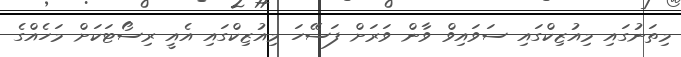
މިތަނުގައި މިއުޒިކްގައި ސަވައިވް ވާން ވަރަށް ފަސޭހަ މިއުޒިކްގައި އެއީ ރިސޯޓަކަށް މަހެއްގެ